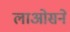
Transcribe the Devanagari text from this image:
लाओसने